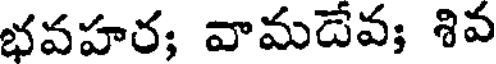
భవహర; వామదేవ; శివ